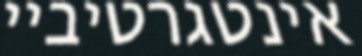
אינטגרטיביי